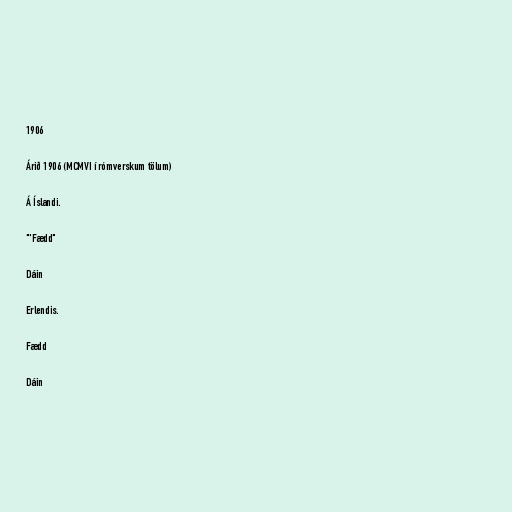
1906

Árið 1906 (MCMVI í rómverskum tölum)

Á Íslandi.

"'Fædd"

Dáin

Erlendis.

Fædd

Dáin